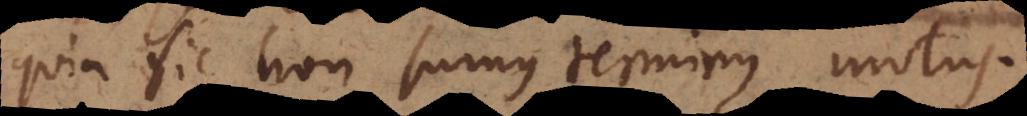
quia sic non sumus terminus motus.